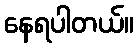
နေရပါတယ်။